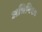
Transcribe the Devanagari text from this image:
अधिनियम